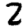
Digit: 2